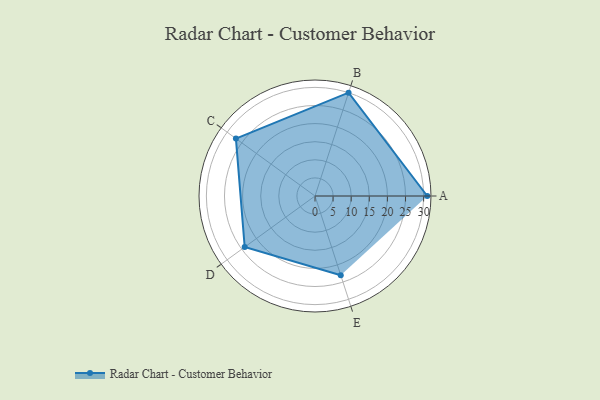
{"axis": {"x": "Skill", "y": "Score"}, "legend": ["Profile"], "data": [{"x": "A", "y": 31.0, "type": "Profile"}, {"x": "B", "y": 30.0, "type": "Profile"}, {"x": "C", "y": 27.0, "type": "Profile"}, {"x": "D", "y": 24.0, "type": "Profile"}, {"x": "E", "y": 23.0, "type": "Profile"}]}